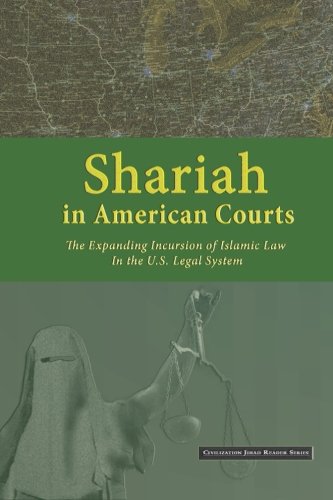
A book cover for Shariah in American Courts: The Expanding Incursion of Islamic Law in the U.S. Legal System (Civilization Jihad Reader Series) (Volume 1); Center for Security Policy; Law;